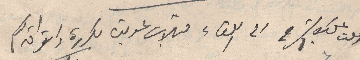
اطلت عليك الشرح الى اللقاء قبلات عديدة مكررة واشواق لكم